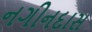
નગીનદાસ